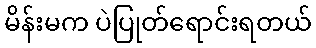
မိန်းမက ပဲပြုတ်ရောင်းရတယ်